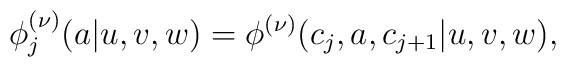
\phi_{j}^{(\nu)}(a|u,v,w)=\phi^{(\nu)}(c_{j},a,c_{j+1}|u,v,w),